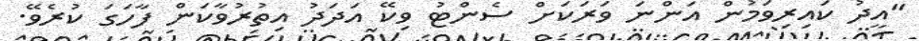
"އީދު ކައިރިވަމުން އަންނަ ވަރަކަށް ސެންޓު ވިކޭ އަދަދު އިތުރުވާކަން ފާހަގަ ކުރެވޭ.